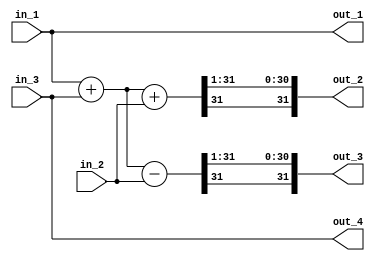
module G_w
(
    input signed [31:0] in_1, in_2, in_3,
    output signed [31:0] out_1, out_2, out_3, out_4
);

// INTERNAL
wire signed [31:0] sum_13;
wire signed [31:0] sum_123;
wire signed [31:0] sum_13_min_2;

assign sum_13 = in_1 + in_3;
assign sum_123 = sum_13 + in_2;
assign sum_13_min_2 = sum_13 - in_2;

// OUTPUTS
assign out_1 = in_1;
assign out_2 = sum_123 >>> 1;
assign out_3 = sum_13_min_2 >>> 1;
assign out_4 = in_3;

endmodule

module delay32b
(
    input clk,
    input rst,
    input [31:0] in,
    output reg [31:0] out
);

always @(posedge(clk)) begin
    if (!rst) begin
        out <= 32'b0;
    end
    else begin
        out <= in;
    end
end
endmodule

// module Gw_G_single
// (
//     input clk,
//     input rst,
//     input signed [31:0] in,
//     output signed [31:0] out
// );

// // INTERNAL
// wire signed [31:0] in_d1, in_d2, in_d3;
// wire signed [31:0] pre_out_1, pre_out_2, pre_out_3, pre_out_4;
// wire signed [31:0] sel_R1, sel_R2, sel_R3;

// // STATE VARIABLE
// reg [2:0] state;
// wire [2:0] next_state;

// // PORT MAP
// delay32b R1(
//     .clk(clk),
//     .rst(rst),
//     .in(sel_R1),
//     .out(in_d1)
// );
// delay32b R2(
//     .clk(clk),
//     .rst(rst),
//     .in(sel_R2),
//     .out(in_d2)
// );
// delay32b R3(
//     .clk(clk),
//     .rst(rst),
//     .in(sel_R3),
//     .out(in_d3)
// );

// // REGISTER INPUT SWITCH
// assign sel_R1 = (state == 3'b011) ? in_d3 : in;
// assign sel_R2 = in_d1;
// assign sel_R3 = in_d2;

// // COMPUTATION
// assign pre_out_1 = in_d2;
// assign pre_out_2 = (in_d1 + in_d2 + in_d3) >>> 1;
// assign pre_out_3 = (in_d1 + in_d2 - in_d3) >>> 1;
// assign pre_out_4 = in_d3;

// // OUTPUT BASED ON STATE
// assign out = (state == 3'b010) ? pre_out_1 :
//              (state == 3'b011) ? pre_out_2 :
//              (state == 3'b100) ? pre_out_3 :
//              (state == 3'b101) ? pre_out_4 : 32'h0000;

// // NEXT STATE GENERATOR
// assign next_state = (state == 3'b101) ? 0 : state + 3'b001;
// always @(posedge(clk)) begin
//     if (!rst) begin
//         state <= 3'b000;
//     end
//     else begin
//         state <= next_state;
//     end
// end

// endmodule

// 4 clocks per process
module Gw_G_single
(
    input clk,
    input rst,
    input signed [31:0] in,
    output signed [31:0] out
);

// INTERNAL
wire signed [31:0] in_d1, in_d2, in_d3;
wire signed [31:0] pre_out_1, pre_out_2, pre_out_3, pre_out_4;
wire signed [31:0] sel_R1, sel_R2, sel_R3;

// STATE VARIABLE
reg [2:0] state;
wire [2:0] next_state;

// PORT MAP
delay32b R1(
    .clk(clk),
    .rst(rst),
    .in(sel_R1),
    .out(in_d1)
);
delay32b R2(
    .clk(clk),
    .rst(rst),
    .in(sel_R2),
    .out(in_d2)
);
delay32b R3(
    .clk(clk),
    .rst(rst),
    .in(sel_R3),
    .out(in_d3)
);

// REGISTER INPUT SWITCH
assign sel_R1 = (state == 3'b001) ? in_d3 : in;
assign sel_R2 = in_d1;
assign sel_R3 = in_d2;

// COMPUTATION
assign pre_out_1 = in_d2;
assign pre_out_2 = (in_d1 + in_d2 + in_d3) >>> 1;
assign pre_out_3 = (in_d1 + in_d2 - in_d3) >>> 1;
assign pre_out_4 = in_d3;

// OUTPUT BASED ON STATE
assign out = (state == 3'b000) ? pre_out_1 :
             (state == 3'b001) ? pre_out_2 :
             (state == 3'b010) ? pre_out_3 :
             (state == 3'b011) ? pre_out_4 : 32'h0000;

// NEXT STATE GENERATOR
assign next_state = (state == 3'b011) ? 0 : state + 3'b001;
always @(posedge(clk)) begin
    if (!rst) begin
        state <= 3'b010;
    end
    else begin
        state <= next_state;
    end
end

endmodule

module Gw_G_4
(
    input clk,
    input rst,
    input signed [31:0] in_1, in_2, in_3, in_4,
    output signed [31:0] out_1, out_2, out_3, out_4
);

// PORT MAP
Gw_G_single row1 (
    .clk(clk), .rst(rst),
    .in(in_1),
    .out(out_1)
);
Gw_G_single row2 (
    .clk(clk), .rst(rst),
    .in(in_2),
    .out(out_2)
);
Gw_G_single row3 (
    .clk(clk), .rst(rst),
    .in(in_3),
    .out(out_3)
);
Gw_G_single row4 (
    .clk(clk), .rst(rst),
    .in(in_4),
    .out(out_4)
);

endmodule

module top_G_w_G
(
    input clk,
    input rst,
    input signed [31:0] w1, w2, w3,
    output signed [31:0] r1, r2, r3, r4
);

// INTERNAL
wire signed [31:0] weight_tf_out_1, weight_tf_out_2, weight_tf_out_3, weight_tf_out_4;


// PORT MAP
G_w weight_tf (
    .in_1(w1),
    .in_2(w2),
    .in_3(w3),
    .out_1(weight_tf_out_1),
    .out_2(weight_tf_out_2),
    .out_3(weight_tf_out_3),
    .out_4(weight_tf_out_4)
);
Gw_G_4 final_tf (
    .clk(clk),
    .rst(rst),
    .in_1(weight_tf_out_1),
    .in_2(weight_tf_out_2),
    .in_3(weight_tf_out_3),
    .in_4(weight_tf_out_4),
    .out_1(r1),
    .out_2(r2),
    .out_3(r3),
    .out_4(r4)
);

endmodule